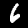
Label: 6